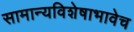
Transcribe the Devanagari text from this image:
सामान्यविशेषाभावेच